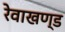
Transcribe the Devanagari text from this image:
रेवाखण्ड